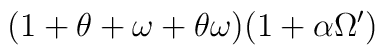
(1+\theta+\omega+\theta\omega)(1+\alpha\Omega')